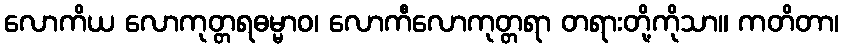
လောကိယ လောကုတ္တရဓမ္မာဝ၊ လောကီလောကုတ္တရာ တရားတို့ကိုသာ။ ကတိတာ၊